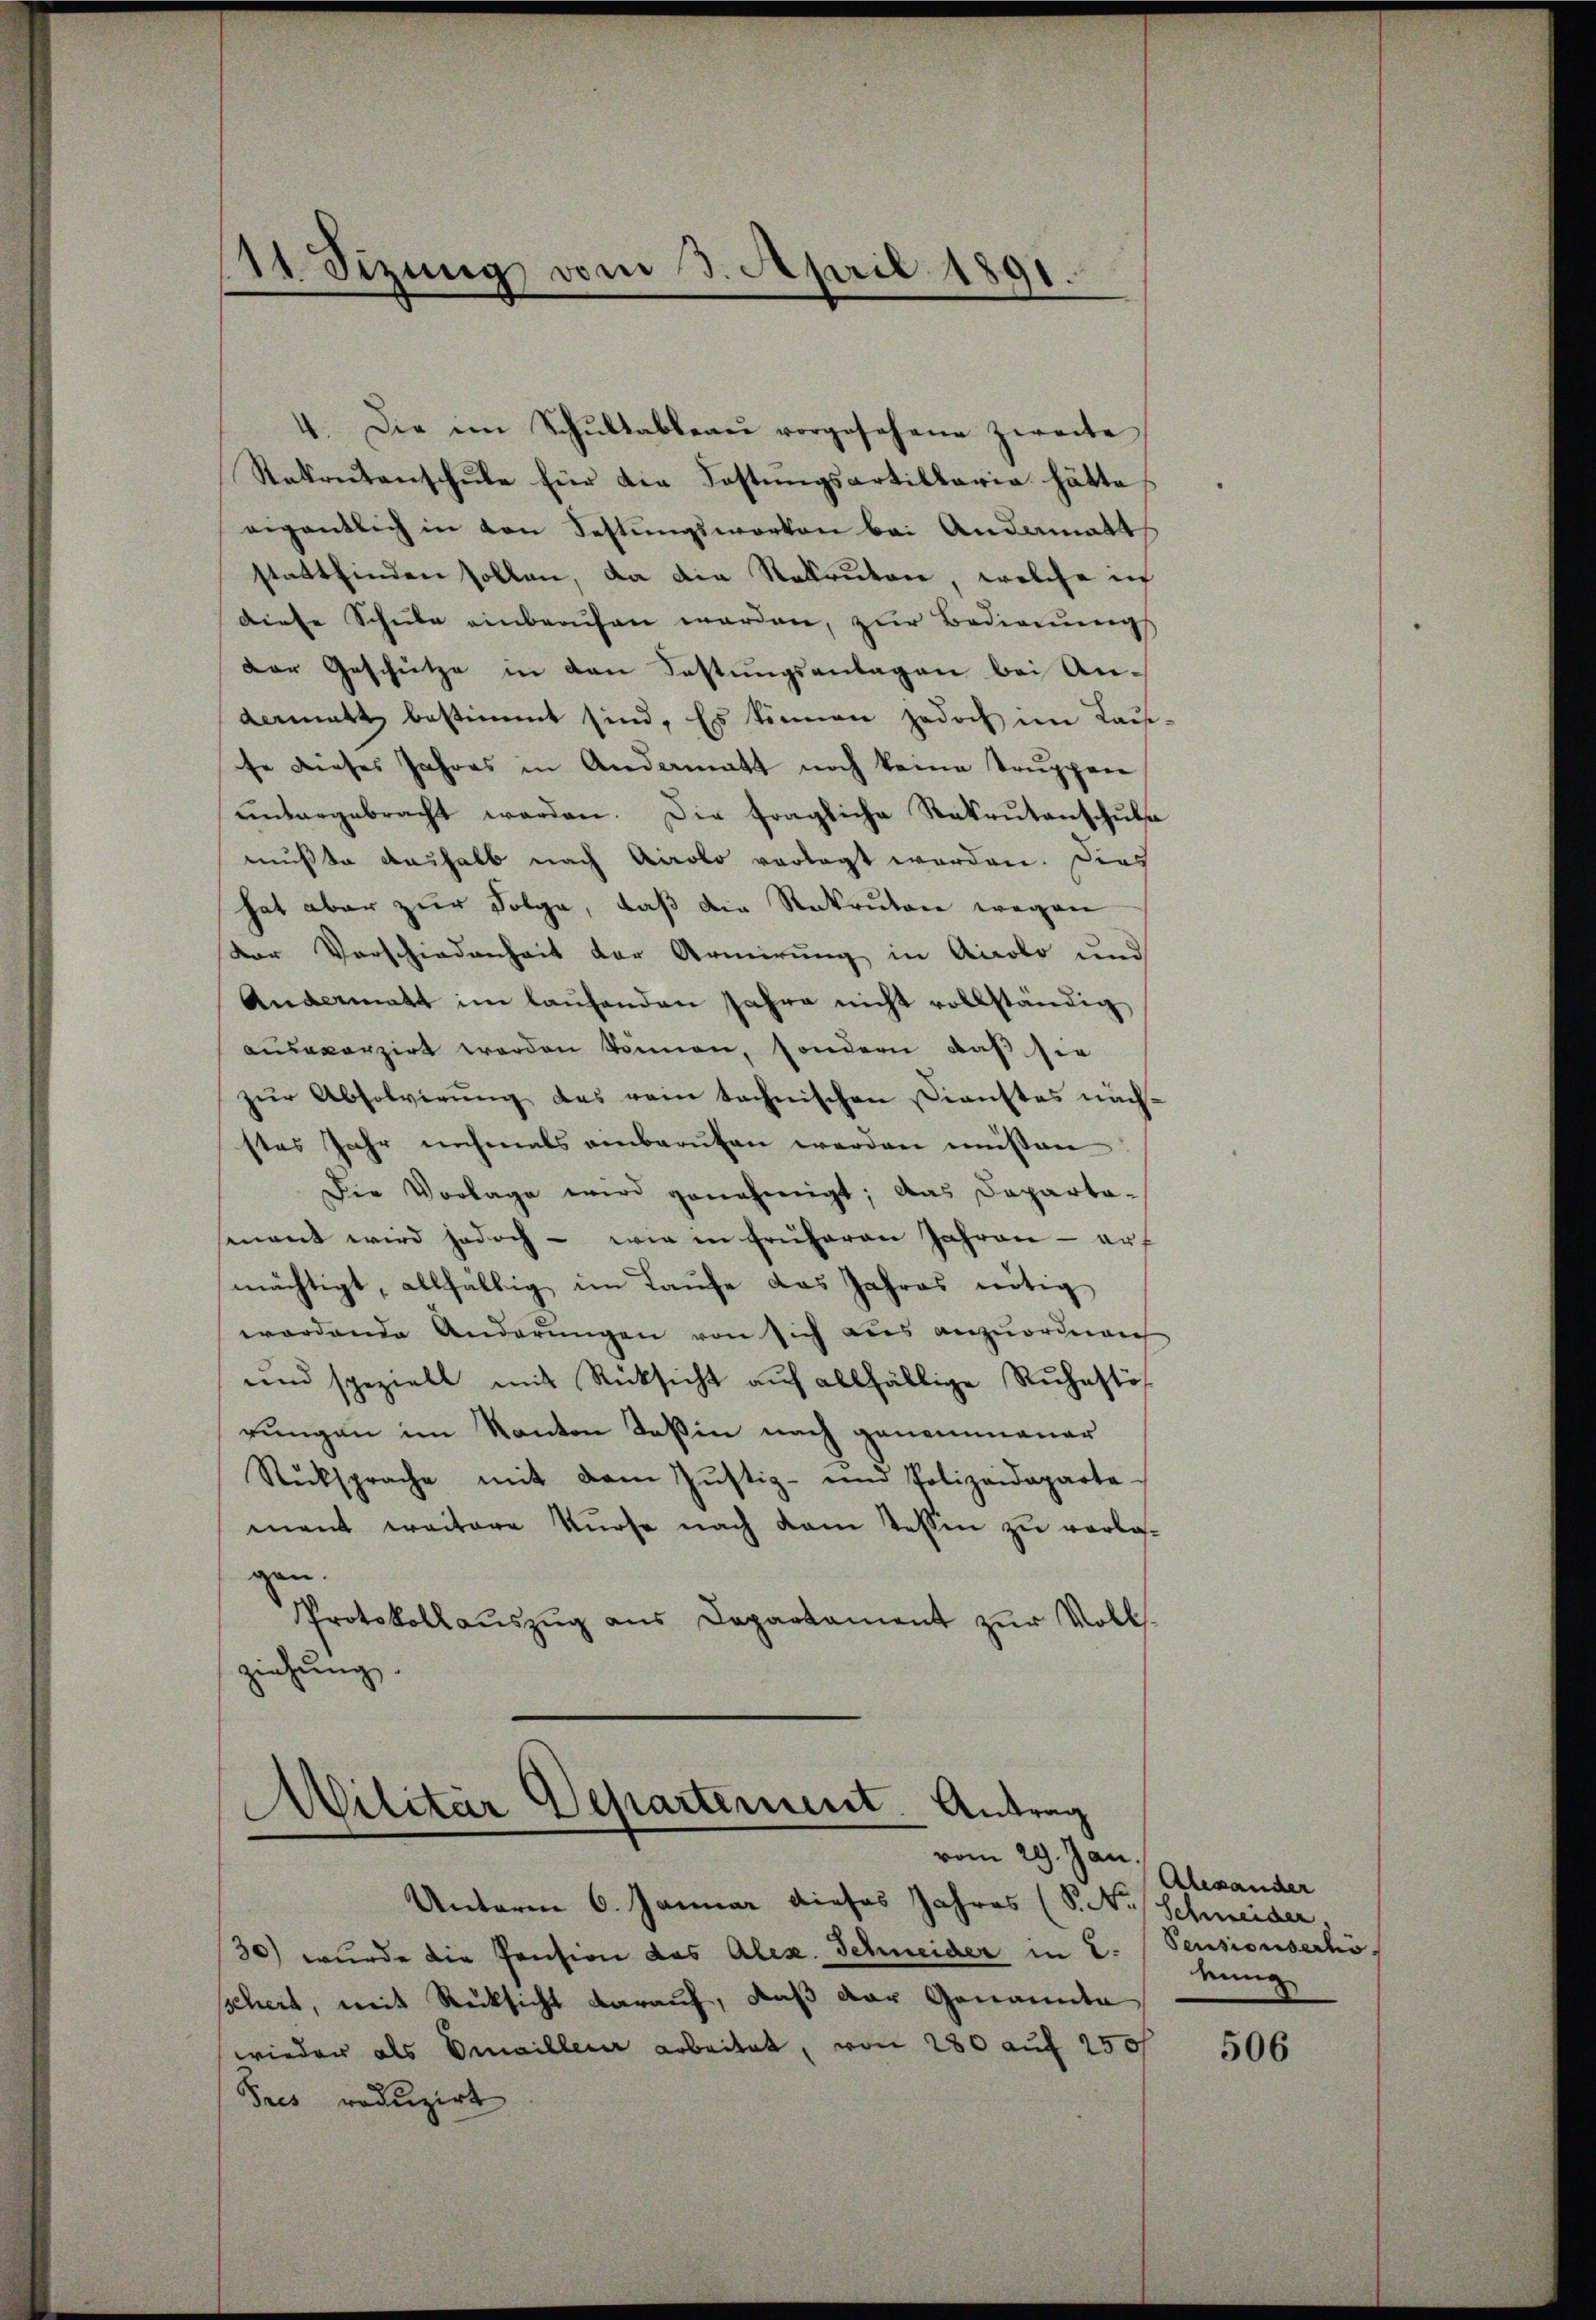
11. Sizung vom 3. April 1891
.

.
Die im Schŭltableau vorgesehene zweite
Stekretenschule für die Fostŭngsartillaria hätte
eigentlich in von Festungsworten bei Andamnatt
stattfinden sollen, da die Rekruten, welche ich
diese Schule einberufen werden, zur Bedienung
Der Geschütze in den Festungsanlagen bei Andermatt bestimmt sind. Es können jedoch im Lau-
se dieses Jahres in Andermatt noch keine Trŭppen
ŭntergebracht werden. Die fragliche Rekrŭtanschŭls
mußte deshalb nach Airolo vorlegt werden. Ders
hat aber zur Folge, daß die Rekruten wegen
dor Verschiedenheit der Armirung in Accobo und
Andermatt im laufenden Jahre nicht vollständig
ausverzirt werden können, sondern, daß sie
zŭr Absolvirŭng des rein technischen Dienstes näch-
stes Jahr nochmals einbaruten werden müssen
Die Vorlage wird genehmigt; das Departa-
mant wird jedoch - wie in früheren Jahren - auf
mächtigt, allfällig im Laufe das Jahres nötig
wordende Anderŭngen von sich aus anzuordnen
und speziell mit Rücksicht aŭf allfällige Rŭhestös
rungen im Kanton Teßin nach genommener
Rücksprache mit dem Jŭstiz- und Polizeideparte-
ment weitere Kurse nach dem Tessin zu vorlagen.
Protokollaŭszŭg aŭs Departament zŭr Volls-
ziehung.

MMilitär Departement. Antrag
vom 29. Jän.

Unterm 6. Januar dieses Jahres (S. N. Schweider.
30) wurde die Pension das Alex. Schneider in L. Pensionserhöschert, mit Rücksicht darauf, daß der Genannte
wieder als Emaillen arbeitet, von 280 auf 250f
Pres reduzirt

Alexander
kung

506